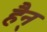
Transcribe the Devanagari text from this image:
हैन्